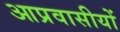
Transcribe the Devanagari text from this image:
आप्रवासीयों